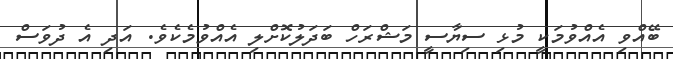
ބޭއްވި އެއްވުމަކީ މުޅި ސިޔާސީ މަޝްރަހް ބަދަލުކޮށްލި އެއްވުމެކެވެ. އަދި އެ ދުވަސް